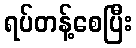
ရပ်တန့်စေပြီး